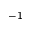
^ { - 1 }